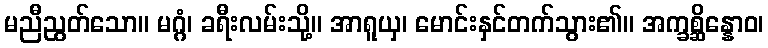
မညီညွတ်သော။ မဂ္ဂံ၊ ခရီးလမ်းသို့။ အာရူယှ၊ မောင်းနှင်တက်သွား၏။ အက္ခစ္ဆိန္နောဝ၊